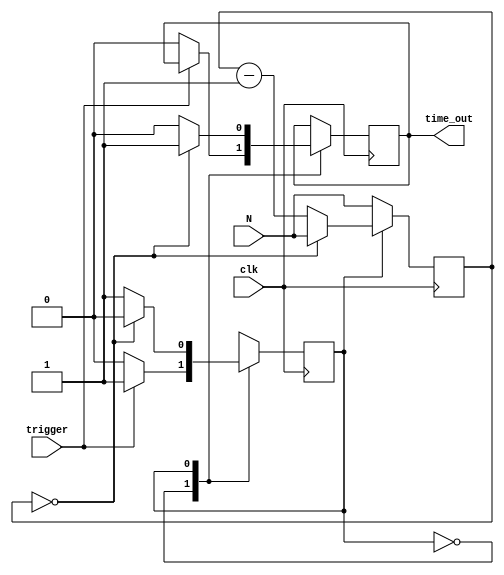
module delay(N,clk,trigger,time_out);


parameter N_BIT=14;
input clk;
input trigger;
input [N_BIT-1:0] N;
output time_out;
reg state;
reg time_out;
reg [N_BIT-1:0] count;
initial state=1'b0;


always @(posedge clk)begin
			count <= N;
		case(state)
		1'b0:
			if(trigger==1) begin
			state <= 1'b1;

	      end
			else begin
			state <= 1'b0;
			time_out <= 0; end
		1'b1:
			if(count==15'b0) begin
			time_out <=1;
			state <= 1'b0;end
			else begin
			count <=count-1'b1; 
			state <= 1'b1;
			time_out<=0; end
		default:;
		endcase
		end
endmodule